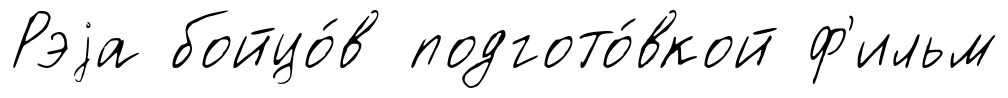
Рэjа бойцо́в подгото́вкой ф'ильм